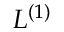
{ \cal L } ^ { ( 1 ) }